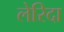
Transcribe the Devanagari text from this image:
लेरिदा